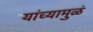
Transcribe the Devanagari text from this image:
यांच्यामुळं